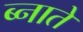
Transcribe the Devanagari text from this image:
ब्नाते